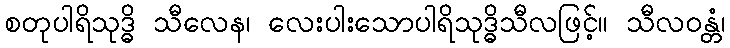
စတုပါရိသုဒ္ဓိ သီလေန၊ လေးပါးသောပါရိသုဒ္ဓိသီလဖြင့်။ သီလဝန္တံ၊